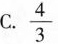
C.\frac{4}{3}